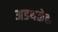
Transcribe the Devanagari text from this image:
अडथळेही